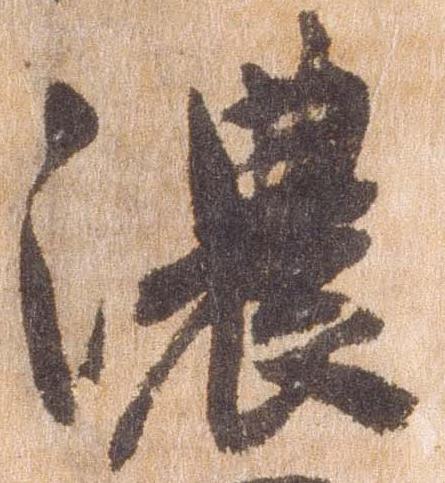
濃